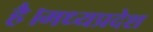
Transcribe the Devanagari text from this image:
है।मध्यप्रदेश